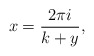
\begin{align*}x = { 2 \pi i \over k+y},\end{align*}